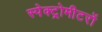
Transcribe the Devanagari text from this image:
स्पेक्ट्रोमीटरों